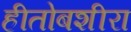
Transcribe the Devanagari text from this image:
हीतोबशीरा